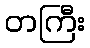
တကြီး